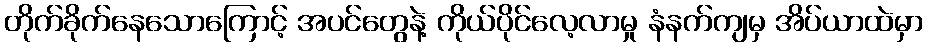
တိုက်ခိုက်နေသောကြောင့် အပင်တွေနဲ့ ကိုယ်ပိုင်လေ့လာမှု နံနက်ကျမှ အိပ်ယာထဲမှာ